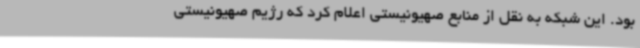
بود. این شبکه به نقل از منابع صهیونیستی اعلام کرد که رژیم صهیونیستی